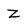
Character: Z